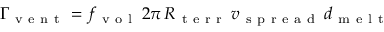
\Gamma _ { \mathrm { ~ v ~ e ~ n ~ t ~ } } = f _ { \mathrm { ~ v ~ o ~ l ~ } } \, 2 \pi \, R _ { \mathrm { ~ t ~ e ~ r ~ r ~ } } \, v _ { \mathrm { ~ s ~ p ~ r ~ e ~ a ~ d ~ } } \, d _ { \mathrm { ~ m ~ e ~ l ~ t ~ } }